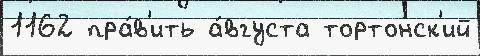
1162 пра́в'ить а́вгуста тортонск'ий